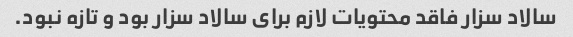
سالاد سزار فاقد محتویات لازم برای سالاد سزار بود و تازه نبود.